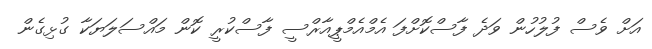
އަށް ވެސް ފުލުހުން ވަދެ ފާސްކޮށްފަ އެމްއެމްޕީއާރްސީ ފާސްކުރީ ކޮން މައްސަލަޔަކާ ގުޅިގެން